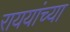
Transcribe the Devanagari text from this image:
राययांच्या